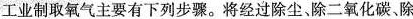
工业制取氧气主要有下列步骤。将经过除尘、除二氧化碳、除